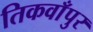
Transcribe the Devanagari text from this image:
तिकवाँपुर